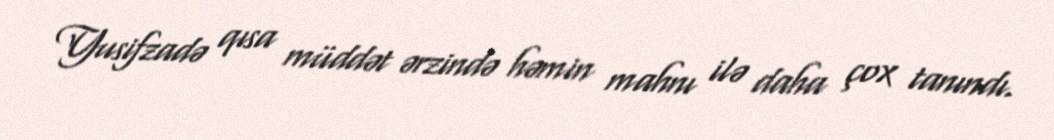
Yusifzadə qısa müddət ərzində həmin mahnı ilə daha çox tanındı.